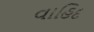
વાહિદ